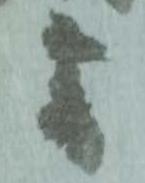
雪